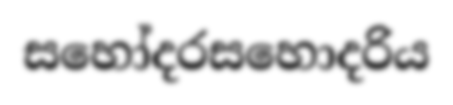
සහෝදරසහොදරිය